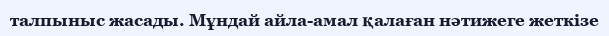
талпыныс жасады. Мұндай айла-амал қалаған нәтижеге жеткізе